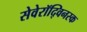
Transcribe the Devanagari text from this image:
सेवेरॉद्विनस्क